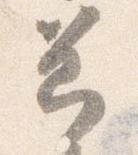
節